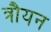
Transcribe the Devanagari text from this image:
त्रौयन